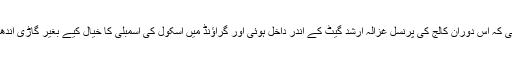
منگل کی صبح گراؤنڈ میں اسکول کی اسمبلی جاری تھی کہ اس دوران کالج کی پرنسل غزالہ ارشد گیٹ کے اندر داخل ہوئی اور گراؤنڈ میں اسکول کی اسمبلی کا خیال کیے بغیر گاڑی اندھا دھند دوڑا دی جس کے باعث تین طلبہ زخمی ہوگئے۔